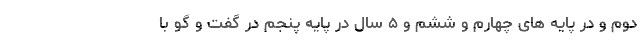
دوم و در پایه های چهارم و ششم و ۵ سال در پایه پنجم در گفت و گو با